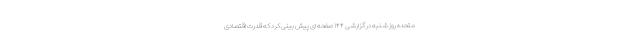
متحده روز شنبه در گزارشی ۱۴۴ صفحه ای پیش بینی کرد که قدرت اقتصادی